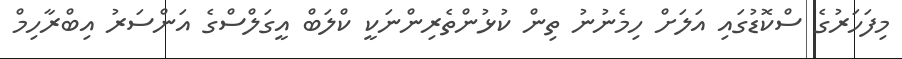
މިފަހަރުގެ ސްކޮޑުގައި އަލަށް ހިމެނުނު ތިން ކުޅުންތެރިންނަކީ ކްލަބް އީގަލްސްގެ އަންސަރު އިބްރާހިމް